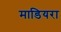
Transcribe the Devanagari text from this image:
माडियरा